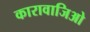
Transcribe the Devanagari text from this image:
कारावाजिओ